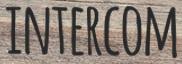
INTERCOM